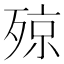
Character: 𣨣